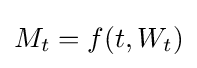
\textstyle M_{t}=f(t,W_{t})